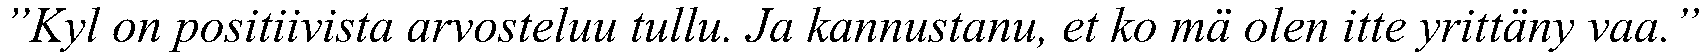
”Kyl on positiivista arvosteluu tullu. Ja kannustanu, et ko mä olen itte yrittäny vaa.”